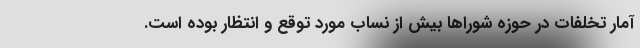
آمار تخلفات در حوزه شوراها بیش از نساب مورد توقع و انتظار بوده است.